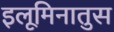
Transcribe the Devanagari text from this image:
इलूमिनातुस